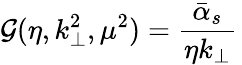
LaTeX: {\cal G}(\eta,k_{\bot}^{2},\mu^{2})=\frac{\bar{\alpha}_{s}}{\eta k_{\bot}}\,